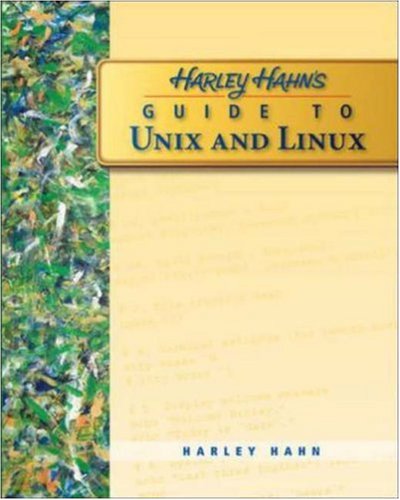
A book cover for Harley Hahn's Guide to Unix and Linux; Harley Hahn; Computers & Technology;